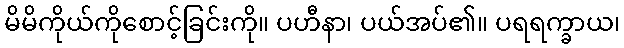
မိမိကိုယ်ကိုစောင့်ခြင်းကို။ ပဟီနာ၊ ပယ်အပ်၏။ ပရရက္ခာယ၊